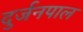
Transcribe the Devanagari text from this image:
दुर्जनपाल